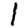
Digit: 1